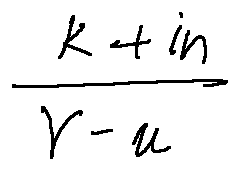
\frac { k + i n } { \gamma - u }